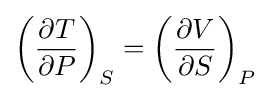
\left({\frac {\partial T}{\partial P}}\right)_{S}=\left({\frac {\partial V}{\partial S}}\right)_{P}